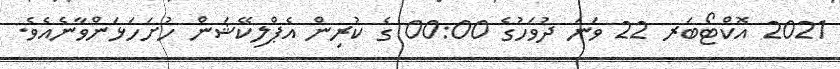
2021 އޮކްޓޯބަރ 22 ވަނަ ދުވަހުގެ 00:00 ގެ ކުރިން އެޕްލިކޭޝަން ހުށަހަޅަންވާނެއެވެ.